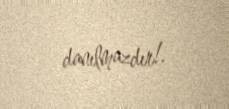
danılmazdır!.